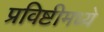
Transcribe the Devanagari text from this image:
प्रविष्टीमध्ये